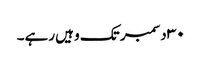
٣٠ دسمبر تک وہیں رہے۔